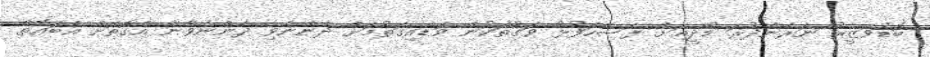
ބޮޑުވަޒީރު ނަރެންދުރަ މޯދީއަށް ފަސޭހަފުޅު ވަގުުތަކުން ވަޑައިގަތުމަށް ދެންނެވި ދެންނެވުން އެގޮތަށް އެބައޮތް